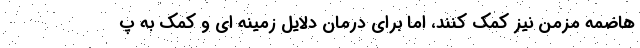
هاضمه مزمن نیز کمک کنند، اما برای درمان دلایل زمینه ای و کمک به پ